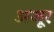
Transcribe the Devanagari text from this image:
अजूर